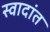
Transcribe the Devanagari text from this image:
स्वादांत